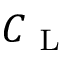
C _ { \mathrm { ~ L ~ } }